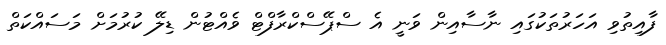
ފާއިތުވި އަހަރުތަކުގައި ނާސާއިން ވަނީ އެ ސްޕޭސްކްރާފްޓް ވެއްޓުން ޑިލޭ ކުރުމަށް މަސައްކަތް